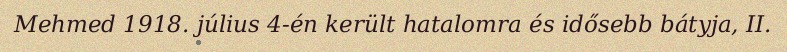
Mehmed 1918. július 4-én került hatalomra és idősebb bátyja, II.